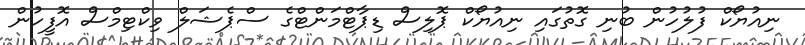
ނިއުޔޯކް ފުލުހުން ބުނި ގޮތުގައި ނިއުޔޯކް ޕޮލިސް ޑިޕާޓްމަންޓްގެ ސްޕެޝަލް ވިކްޓިމްސް އޮފީހުން